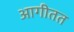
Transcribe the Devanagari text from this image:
आगीतत